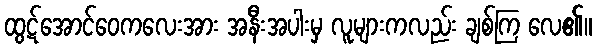
ထွဋ်အောင်ဝေကလေးအား အနီးအပါးမှ လူများကလည်း ချစ်ကြ လေ၏။